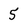
Character: 5